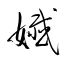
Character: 孅